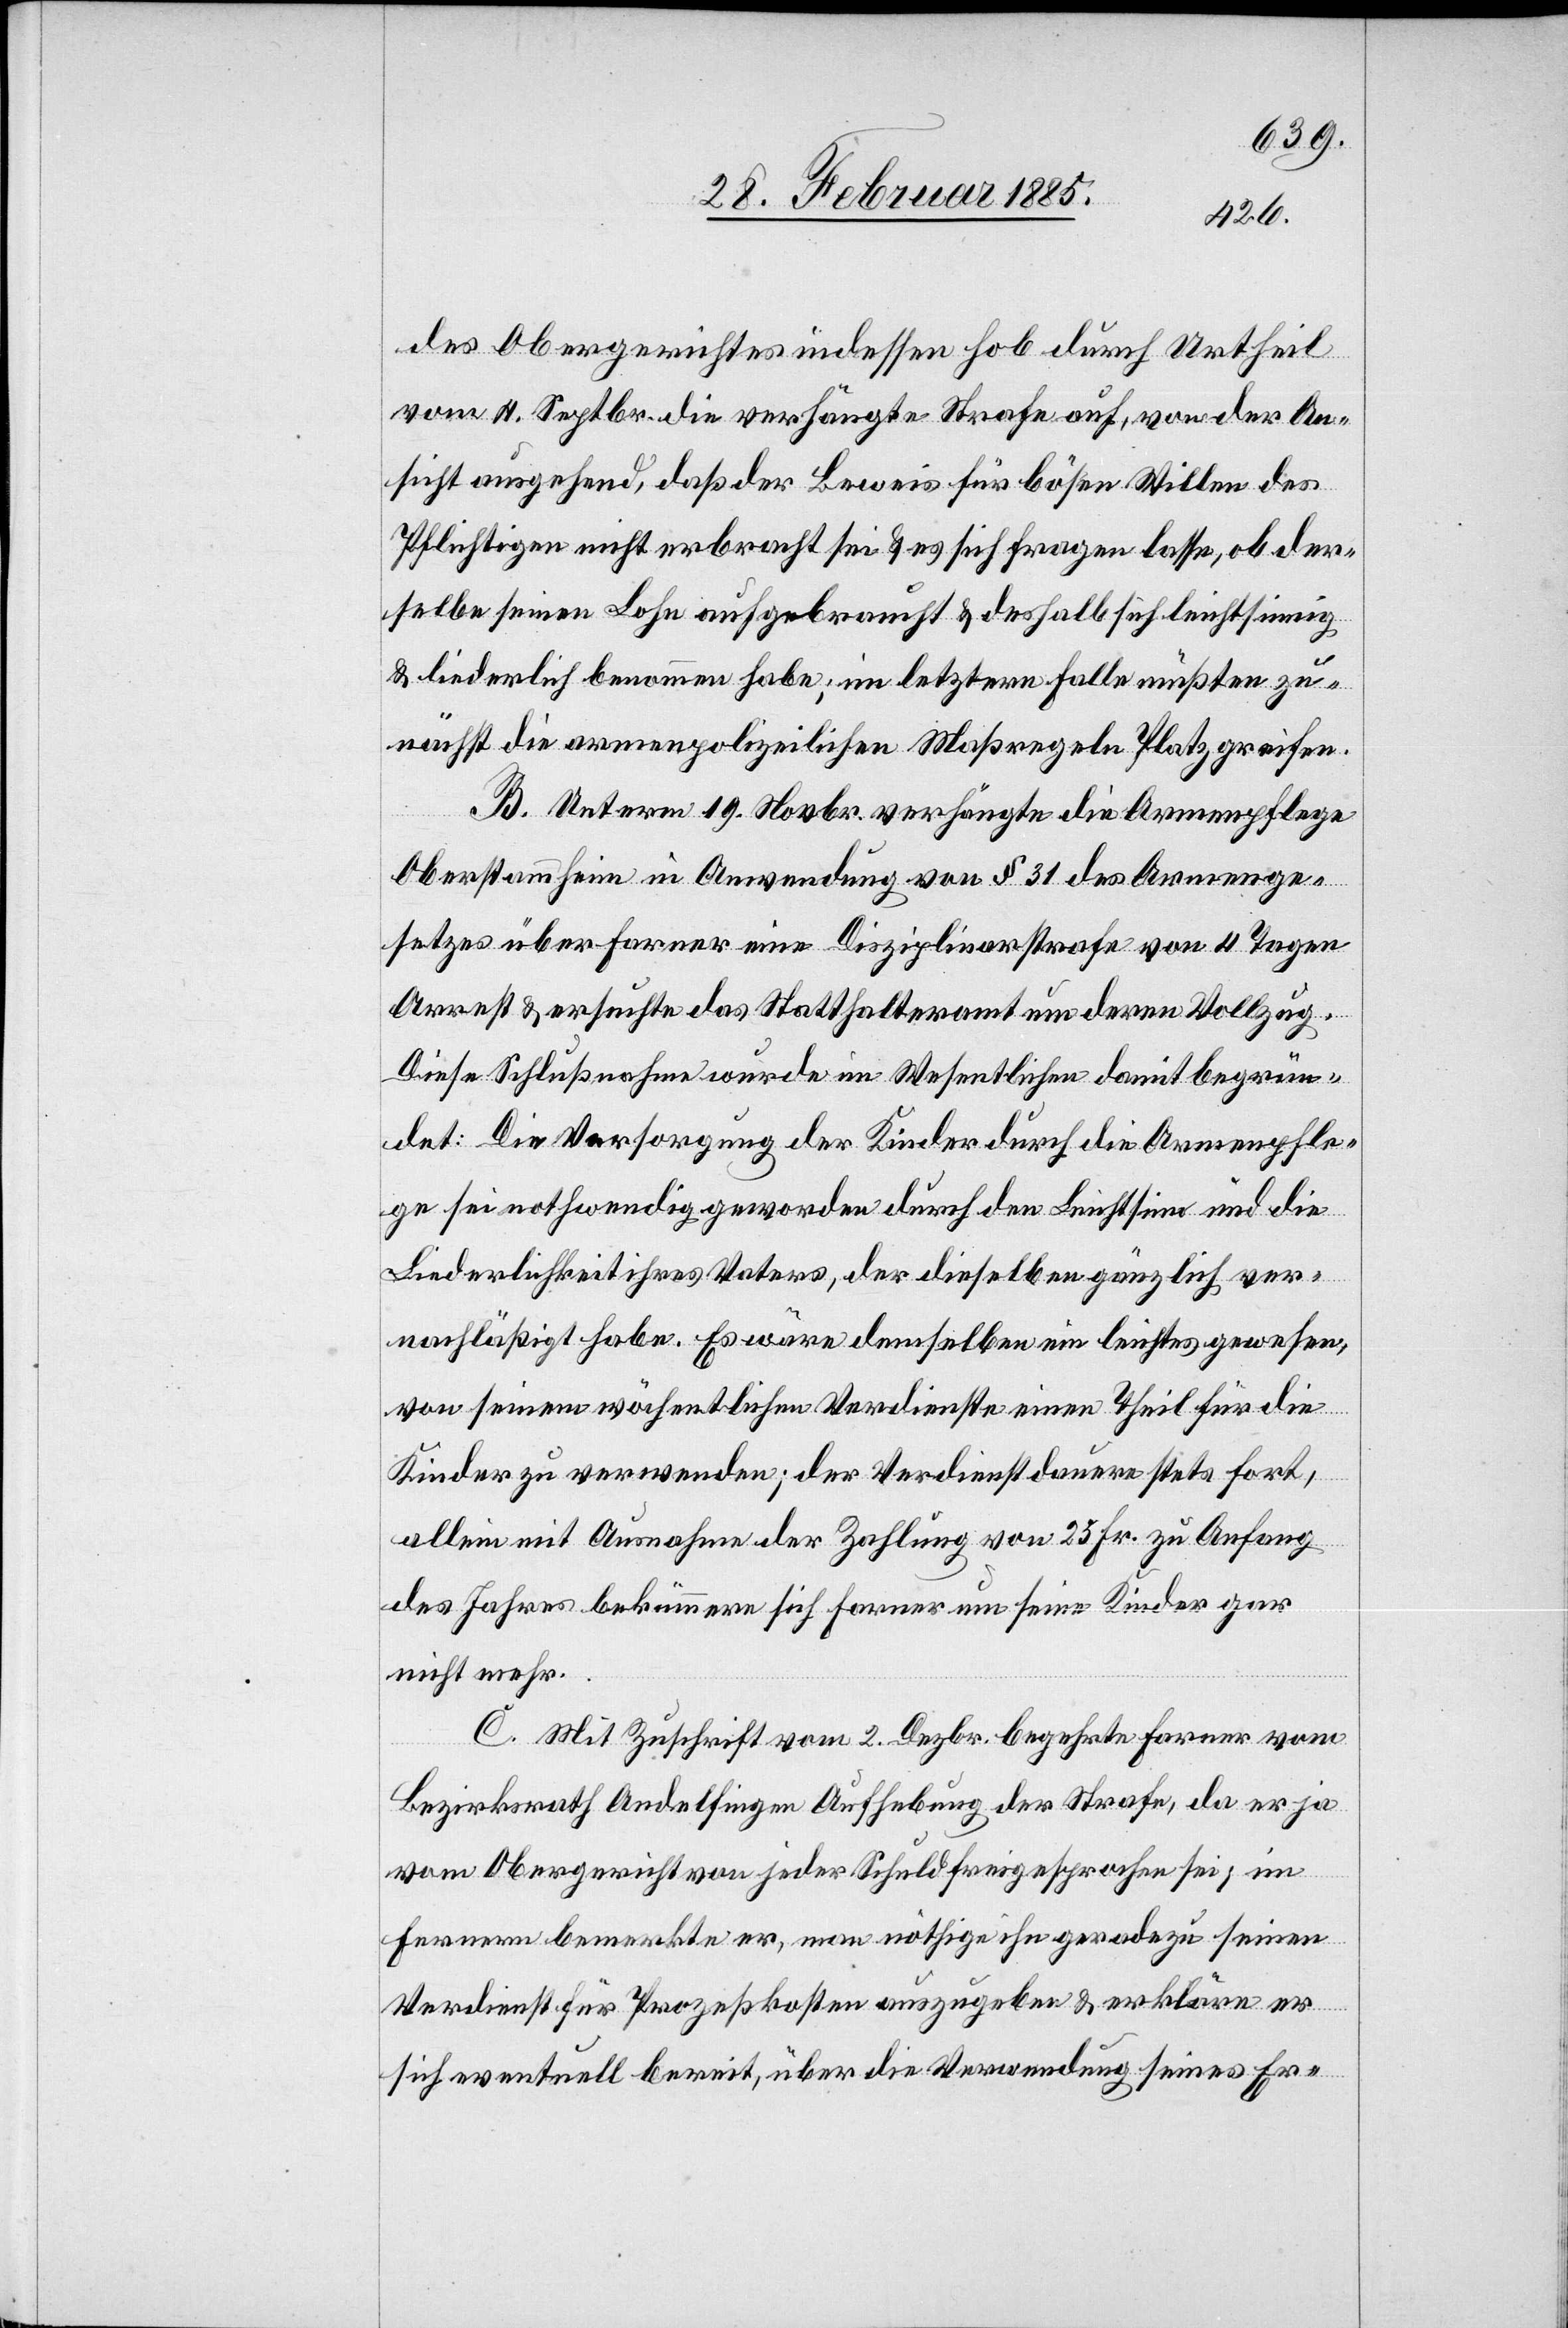
des Obergerichtes indessen hob durch Urtheil
vom 4. Septbr. die verhängte Strafe auf, von der An¬
sicht ausgehend, daß der Beweis für bösen Willen des
Pflichtigen nicht erbracht sei & es sich fragen lasse, ob der¬
selbe seinen Lohn aufgebraucht & deshalb sich leichtsinnig
& liederlich benommen habe; im letztern Falle müßten zu¬
nächst die armenpolizeilichen Maßregeln Platz greifen.
B. Unterm 19. Novbr. verhängte die Armenpflege
Oberstammheim in Anwendung von § 31 des Armenge¬
setzes über Farner eine Disziplinarstrafe von 4 Tagen
Arrest & ersuchte das Statthalteramt um deren Vollzug.
Diese Schlußnahme wurde im Wesentlichen damit begrün¬
det: Die Versorgung der Kinder durch die Armenpfle¬
ge sei nothwendig geworden durch den Leichtsinn und die
Liederlichkeit ihres Vaters, der dieselben gänzlich ver¬
nachläßigt habe. Es wäre demselben ein leichtes gewesen,
von seinem wöchentlichen Verdienste einen Theil für die
Kinder zu verwenden; der Verdienst dauere stets fort,
allein mit Ausnahme der Zahlung von 25 Fr. zu Anfang
des Jahres bekümmere sich Farner um seine Kinder par
nicht mehr.
C. Mit Zuschrift vom 2. Dezbr. begehrte Farner vom
Bezirksrath Andelfingen Aufhebung der Strafe, da er ja
vom Obergericht von jeder Schuld freigesprochen sei; im
Fernern bemerkte er, man nöthige ihn geradezu seinen
Verdienst für Prozeßkosten auszugeben & erkläre er
sich eventuelle bereit, über die Verwendung seines Er-